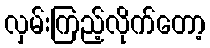
လှမ်းကြည့်လိုက်တော့